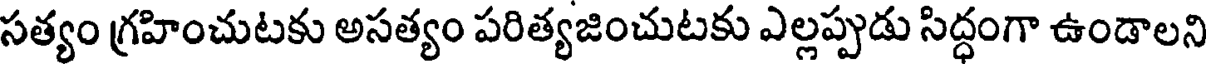
సత్యం గ్రహించుటకు అసత్యం పరిత్యజించుటకు ఎల్లప్పుడు సిద్ధంగా ఉండాలని